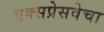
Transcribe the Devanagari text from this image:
एक्सप्रेसवेचा